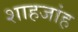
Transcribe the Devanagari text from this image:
शाहजांह